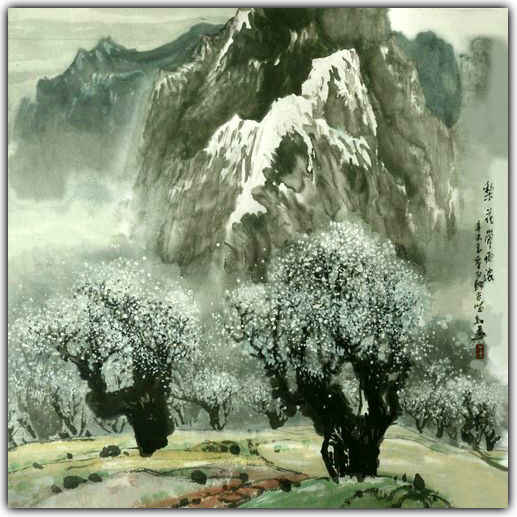
翻被梨花冷看，人生苦恋天涯。